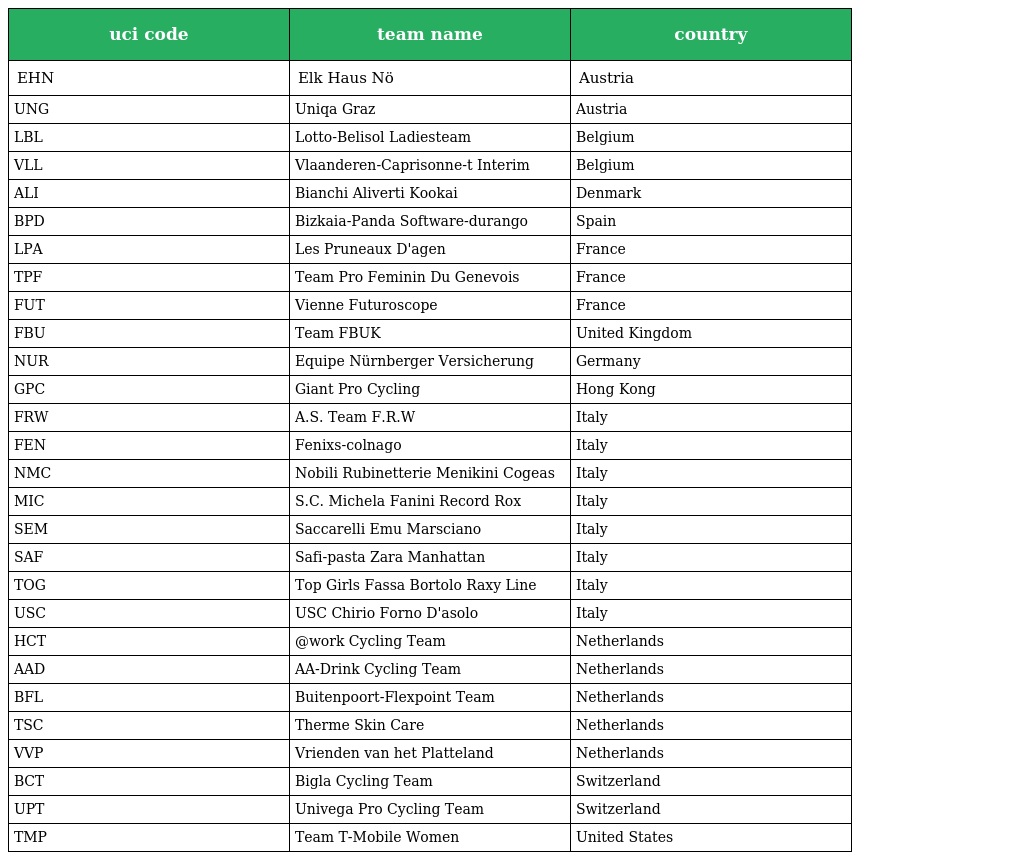
| uci code | team name | country |
 | --- | --- | --- |
 | EHN | Elk Haus Nö | Austria |
 | UNG | Uniqa Graz | Austria |
 | LBL | Lotto-Belisol Ladiesteam | Belgium |
 | VLL | Vlaanderen-Caprisonne-t Interim | Belgium |
 | ALI | Bianchi Aliverti Kookai | Denmark |
 | BPD | Bizkaia-Panda Software-durango | Spain |
 | LPA | Les Pruneaux D'agen | France |
 | TPF | Team Pro Feminin Du Genevois | France |
 | FUT | Vienne Futuroscope | France |
 | FBU | Team FBUK | United Kingdom |
 | NUR | Equipe Nürnberger Versicherung | Germany |
 | GPC | Giant Pro Cycling | Hong Kong |
 | FRW | A.S. Team F.R.W | Italy |
 | FEN | Fenixs-colnago | Italy |
 | NMC | Nobili Rubinetterie Menikini Cogeas | Italy |
 | MIC | S.C. Michela Fanini Record Rox | Italy |
 | SEM | Saccarelli Emu Marsciano | Italy |
 | SAF | Safi-pasta Zara Manhattan | Italy |
 | TOG | Top Girls Fassa Bortolo Raxy Line | Italy |
 | USC | USC Chirio Forno D'asolo | Italy |
 | HCT | @work Cycling Team | Netherlands |
 | AAD | AA-Drink Cycling Team | Netherlands |
 | BFL | Buitenpoort-Flexpoint Team | Netherlands |
 | TSC | Therme Skin Care | Netherlands |
 | VVP | Vrienden van het Platteland | Netherlands |
 | BCT | Bigla Cycling Team | Switzerland |
 | UPT | Univega Pro Cycling Team | Switzerland |
 | TMP | Team T-Mobile Women | United States |